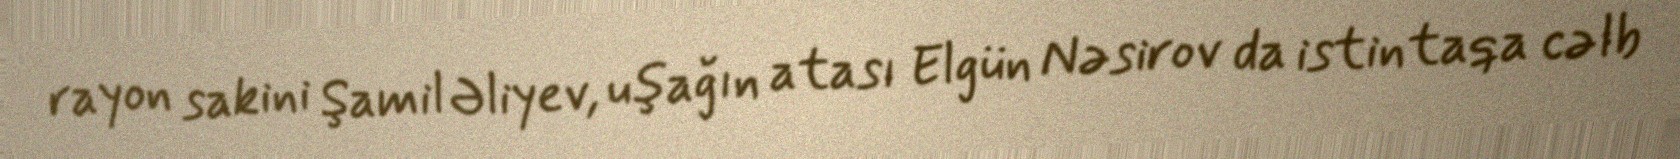
rayon sakini Şamil Əliyev, uşağın atası Elgün Nəsirov da istintaqa cəlb